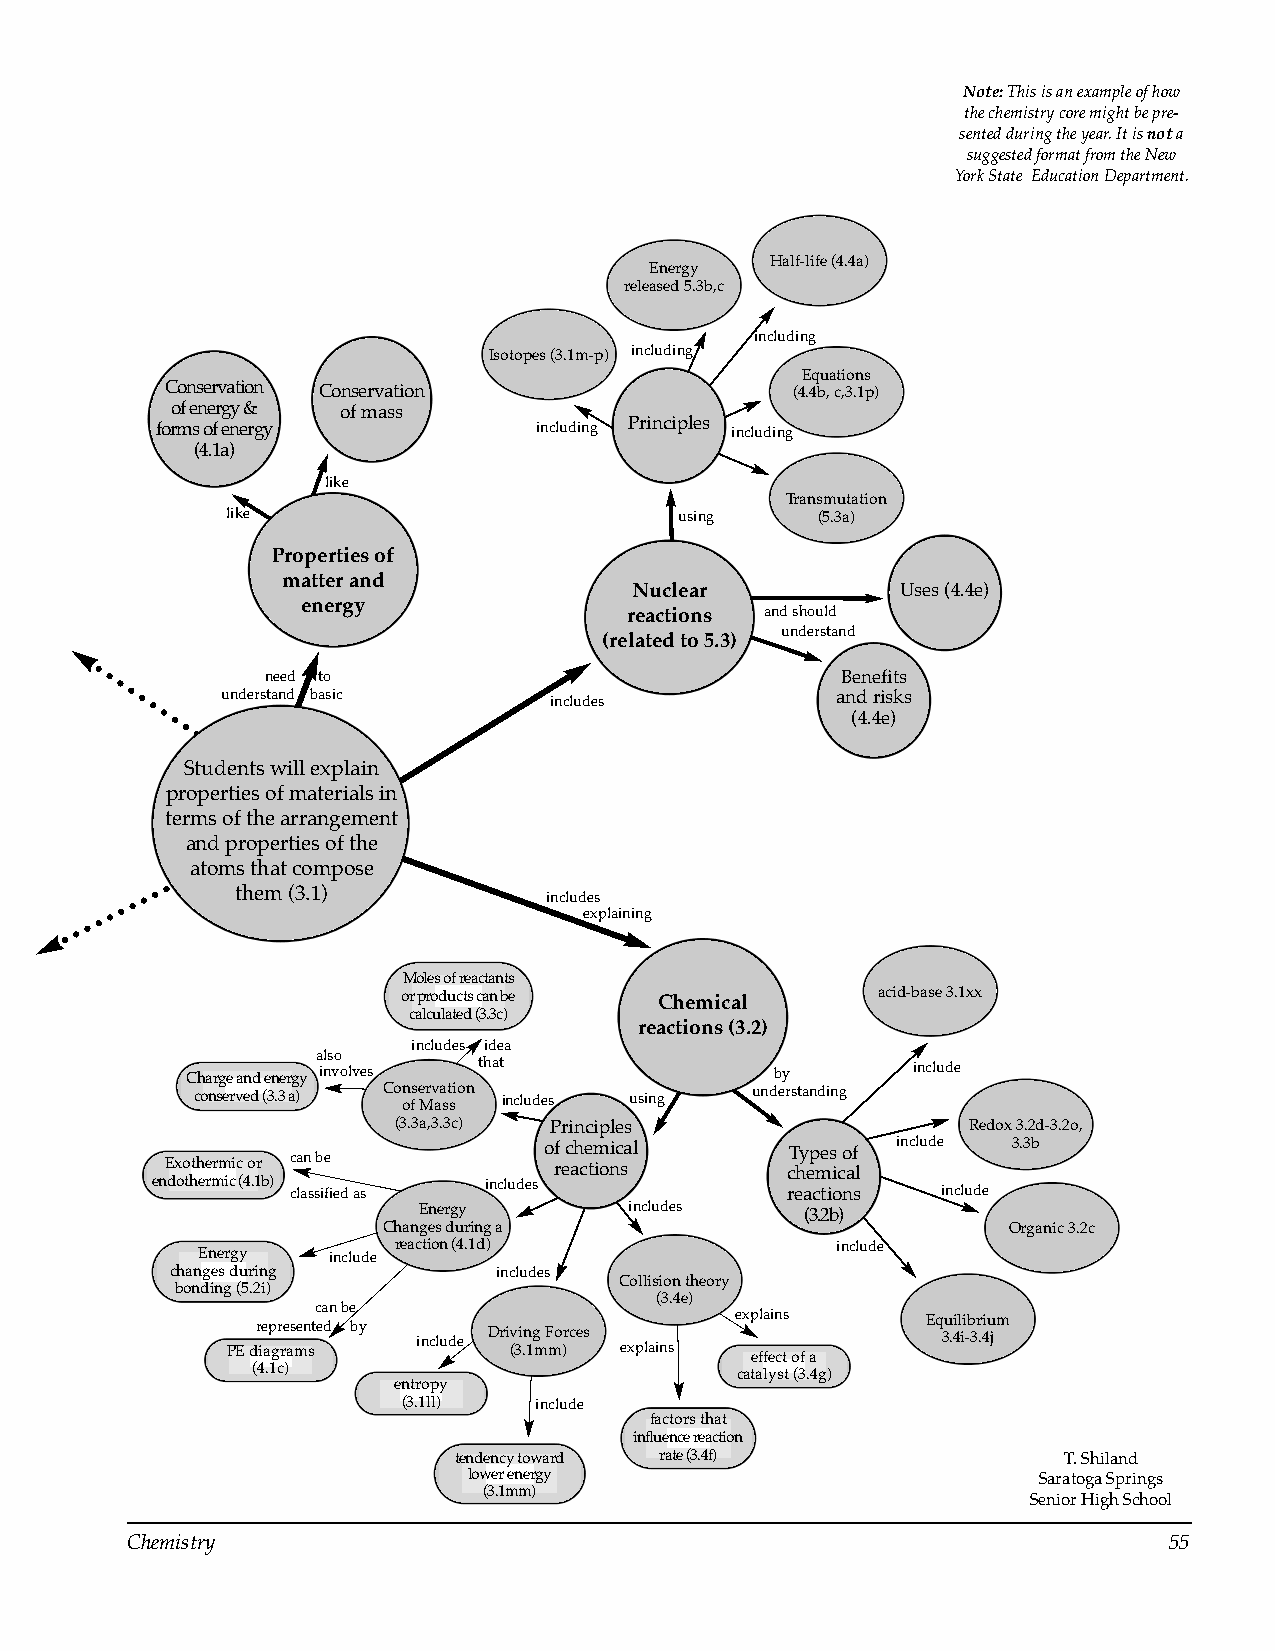
Note: This is an example of how
 the chemistry core might be pre-
 sented during the year. It is not a
 suggested format from the New
 York State Education Department.
 Half-life (4.4a)
 Energy
 released 5.3b,c
 including
 Isotopes (3.1m-p) including
 Equations
 Conservation Conservation                 (4.4b, c,3.1p)
 of energy & of mass
 forms of energy          including Principles including
 (4.1a)
 like
 Transmutation
 like                          using    (5.3a)
 Properties of
 matter and
 Nuclear           Uses (4.4e)
 energy
 reactions and should
 understand
 (related to 5.3)
 need to                               Benefits
 understand basic     includes           and risks
 (4.4e)
 Students will explain
 properties of materials in
 terms of the arrangement
 and properties of the
 atoms that compose
 them (3.1)          includes
 explaining
 Moles of reactants
 or products can be Chemical    acid-base 3.1xx
 calculated (3.3c)
 reactions (3.2)
 includes idea
 also
 Charge and energy involves that        by       include
 conserved (3.3 a) Con ofs e Mrv aa st si on includes using understanding
 (3.3a,3.3c) Principles                Redox 3.2d-3.2o,
 of chemical     Types of include 3.3b
 Exothermic or can be      reactions      chemical
 endothermic (4.1b)    includes
 classified as                    reactions include
 Energy        includes   (3.2b)
 Changes during a                          Organic 3.2c
 Energy   include reaction (4.1d)          include
 changes during        includes
 Collision theory
 bonding (5.2i)
 (3.4e)
 can be
 explains    Equilibrium
 PE dr ie ap gr re as men st ed by include Dri (v 3i .n 1g m F mo )r ces explains effect of a 3.4i-3.4j
 (4.1c)                          catalyst (3.4g)
 entropy
 (3.1ll) include
 factors that
 influence reaction
 tendency toward rate (3.4f)             T. Shiland
 lower energy                          Saratoga Springs
 (3.1mm)
 Senior High School
 Chemistry                                                            55